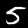
Label: 5